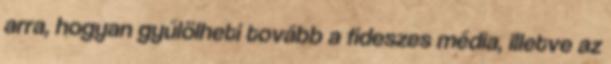
arra, hogyan gyűlölheti tovább a fideszes média, illetve az